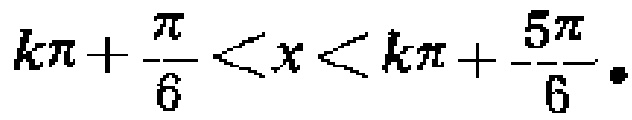
\(k\pi+\frac{\pi}{6}<x<k\pi+\frac{5\pi}{6}\)